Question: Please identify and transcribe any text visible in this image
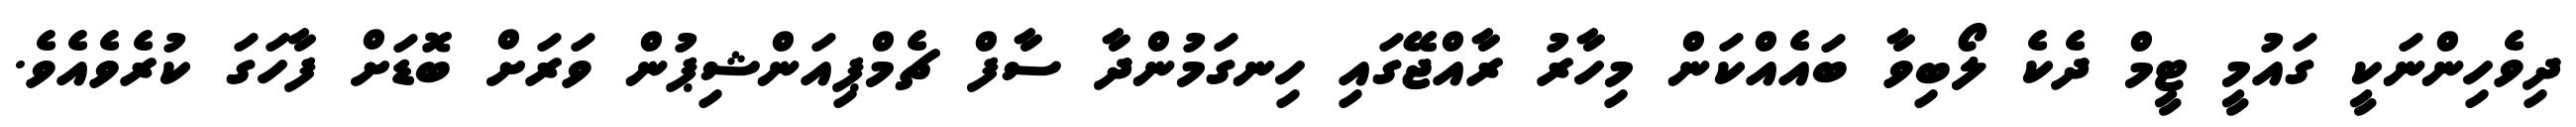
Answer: ދިވެހިންނަކީ ގައުމީ ޓީމް ދެކެ ލޯބިވާ ބައެއްކަން މިހާރު ރާއްޖޭގައި ހިނގަމުންދާ ސާފް ޗެމްޕިއަންޝިޕުން ވަރަށް ބޮޑަށް ފާހަގަ ކުރެވެއެވެ.